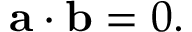
\mathbf { a } \cdot \mathbf { b } = 0 .